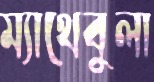
ম্যাথেবুলা